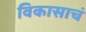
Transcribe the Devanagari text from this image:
विकासाचं